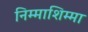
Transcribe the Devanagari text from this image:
निम्माशिम्मा